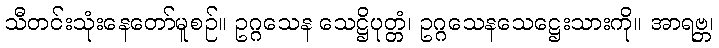
သီတင်းသုံးနေတော်မူစဉ်။ ဥဂ္ဂသေန သေဋ္ဌိပုတ္တံ၊ ဥဂ္ဂသေနသေဋ္ဌေးသားကို။ အာရဗ္ဘ၊